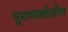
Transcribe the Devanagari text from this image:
पुराणातदेखील